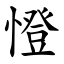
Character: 憕